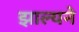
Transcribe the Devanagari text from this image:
झाल्यने